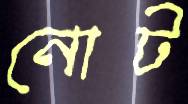
নোট